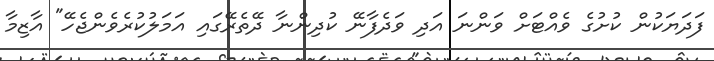
ފަދަޔަކުން ކުށުގެ ވެއްޓަށް ވަންނަ އަދި ވަދެފާނޭ ކުދިންނާ ދޭތެރޭގައި އަމަލުކުރެވެންޖެހޭ" އާޒިމާ